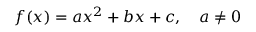
f ( x ) = a x ^ { 2 } + b x + c , \quad a \neq 0